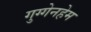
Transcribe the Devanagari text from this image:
गुग्गेनहेम